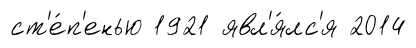
ст'е́п'енью 1921 явл'я́лс'я 2014